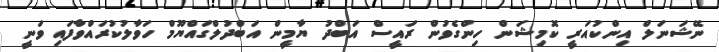
ނޭޝަނަލް އިންކުއަރީ ކޮމިޝަން ހިންގެވުން ރައީސް އަބްދު ޔާމީން އަބްދުލްގައްޔޫމް ހަވާލުކުރައްވާފައި ވަނީ